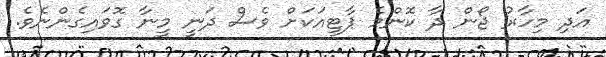
އަދި މިހާރު ޖޯން ދާ ކޮންމެ ޕާޓީއަކަށް ވެސް ދަނީ މީނާ ގޮވައިގެންނެވެ.